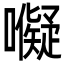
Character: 𭌜